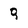
Character: Q